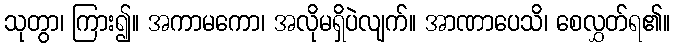
သုတွာ၊ ကြား၍။ အကာမကော၊ အလိုမရှိပဲလျက်။ အာဏာပေသိ၊ စေလွှတ်ရ၏။